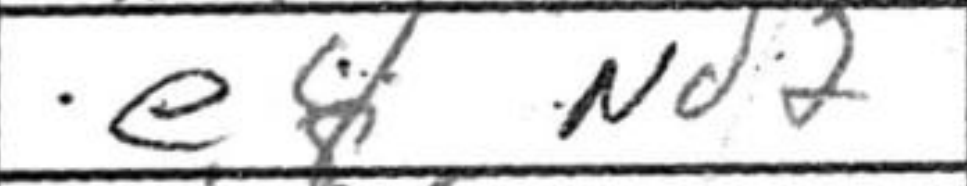
Transcription: e4